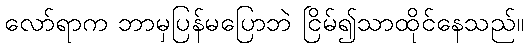
လော်ရာက ဘာမှပြန်မပြောဘဲ ငြိမ်၍သာထိုင်နေသည်။